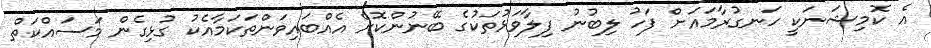
އެ ކޮމިޝަނަކީ ހަނގުރާމައަށް ފަހު ލިބުނު ފިލާވަޅުތަކުގެ ބޭނުންކޮށް އެއްބައިވަންތަކަމާއެކު ގުޅިގެން މަސައްކަތް